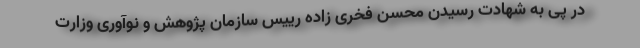
در پی به شهادت رسیدن محسن فخری زاده رییس سازمان پژوهش و نوآوری وزارت